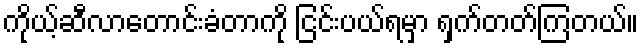
ကိုယ့်ဆီလာတောင်းခံတာကို ငြင်းပယ်ရမှာ ရှက်တတ်ကြတယ်။